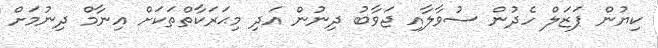
ކިޔުން ޕަޒަލް ހެދުން ސުވާލާއި ޖަވާބު ދިނުން އަދި މިޙަރަކާތްތަކަށް އިނާމް ދިނުމަށް